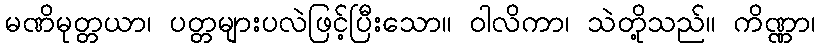
မဏိမုတ္တယာ၊ ပတ္တများပလဲဖြင့်ပြီးသော။ ဝါလိကာ၊ သဲတို့သည်။ ကိဏ္ဏာ၊